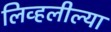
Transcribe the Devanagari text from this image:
लिव्हलील्या